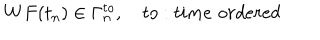
LaTeX: W F ( t _ { n } ) \in \Gamma _ { n } ^ { t o } , \quad t o : t i m e \, \, o r d e r e d